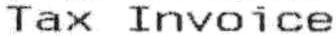
TAX INVOICE